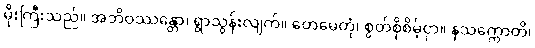
မိုးကြီးသည်။ အဘိဝဿန္တော၊ ရွာသွန်းလျက်။ တေမေတုံ၊ စွတ်စိုစိမ့်ငှာ။ နသက္ကောတိ၊